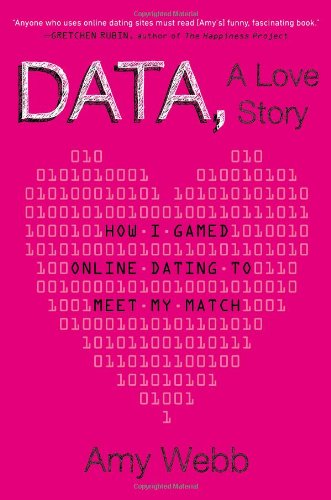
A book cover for Data, A Love Story: How I Gamed Online Dating to Meet My Match; Amy Webb; Computers & Technology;